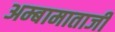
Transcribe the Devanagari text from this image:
अम्बामाताजी